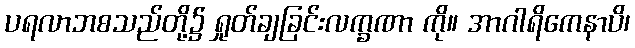
ပရလာဘစသည်တို့၌ ရှုတ်ချခြင်းလက္ခဏာ ကို။ အာဂါရိကေနာပိ၊